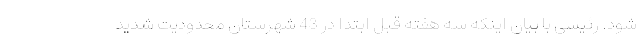
شود. رئیسی با بیان اینکه سه هفته قبل ابتدا در 43 شهرستان محدودیت شدید